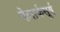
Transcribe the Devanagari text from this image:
बेलार्कसूर्य